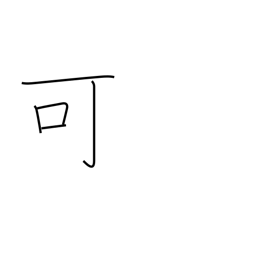
Meaning: passable